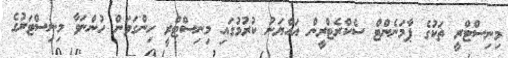
މިނިސްޓްރީ ތަކުގެ ޕާމަނެންޓް ސެކްރެޓްރީން އައްޔަނު ކުރުމުގައި މިނިސްޓްރީ ހިންގަވަން ހުންނަވާ މިނިސްޓަރުގެ